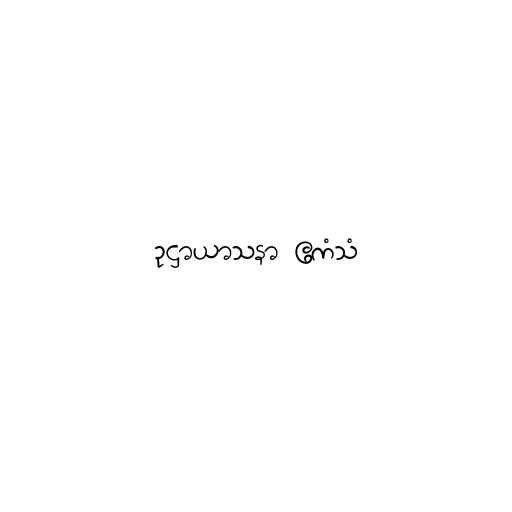
ဥဋ္ဌာယာသနာ ဧကံသံ